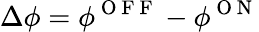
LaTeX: \Delta\phi=\phi^{\mathrm{~O~F~F~}}-\phi^{\mathrm{~O~N~}}